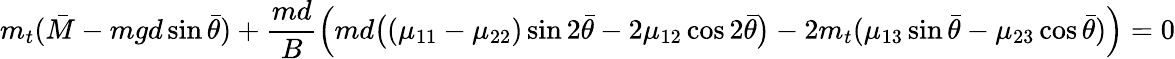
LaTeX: m_{t}(\bar{M}-mgd\sin\bar{\theta})+\frac{md}{B}\Big(md\big((\mu_{11}-\mu_{22})\sin 2\bar{\theta}-2\mu_{12}\cos 2\bar{\theta}\big)-2m_{t}(\mu_{13}\sin\bar{\theta}-\mu_{23}\cos\bar{\theta})\Big)=0